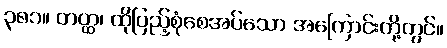
၃၈၁။ တတ္ထ၊ ထိုပြည့်စုံစေအပ်သော အကြောင်းတို့တွင်။